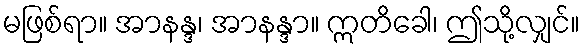
မဖြစ်ရာ။ အာနန္ဒ၊ အာနန္ဒာ။ ဣတိခေါ၊ ဤသို့လျှင်။